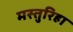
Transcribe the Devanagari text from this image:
मस्तुरिहा